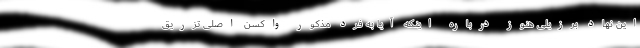
این نهاد برزیلی هنوز درباره اینکه آیا به فرد مذکور واکسن اصلی تزریق